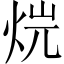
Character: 𤈡